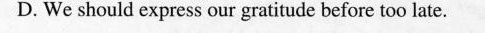
D. We should express our gratitude before too late.